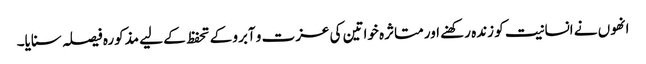
انھوں نے انسانیت کو زندہ رکھنے اور متاثرہ خواتین کی عزت و آبرو کے تحفظ کے لیے مذکورہ فیصلہ سنایا۔